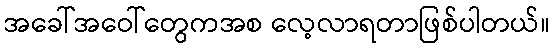
အခေါ်အဝေါ်တွေကအစ လေ့လာရတာဖြစ်ပါတယ်။